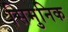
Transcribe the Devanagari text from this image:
सिमुनिक